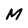
Character: M